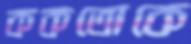
ককতোকে